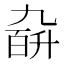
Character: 𪜙